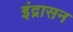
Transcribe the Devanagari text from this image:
इंद्रासन